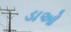
ડાઓ